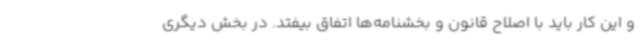
و این کار باید با اصلاح قانون و بخشنامه‌ها اتفاق بیفتد. در بخش دیگری